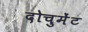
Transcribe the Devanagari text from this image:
दोचुमेंट